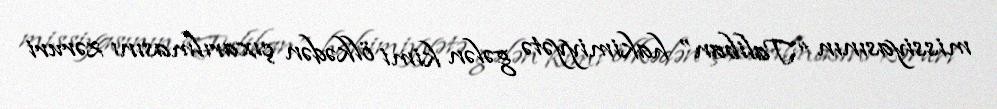
missiyasının “Taliban” hakimiyyətə gələn kimi ölkədən çıxarılmasını zəruri